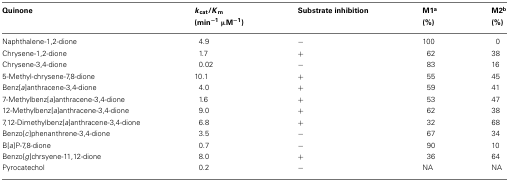
<table><thead><tr><td><b>Quinone</b></td><td><b><i>k</i><sub>cat</sub>/<i>K</i><sub>m</sub></b></td><td><b>Substrate inhibition</b></td><td><b>M1<sup>a</sup></b></td><td><b>M2<sup>b</sup></b></td></tr><tr><td></td><td><b>(min<sup>−1</sup> μM<sup>−1</sup>)</b></td><td></td><td><b>(%)</b></td><td><b>(%)</b></td></tr></thead><tbody><tr><td>Naphthalene-1,2-dione</td><td>4.9</td><td>−</td><td>100</td><td>0</td></tr><tr><td>Chrysene-1,2-dione</td><td>1.7</td><td>+</td><td>62</td><td>38</td></tr><tr><td>Chrysene-3,4-dione</td><td>0.02</td><td>−</td><td>83</td><td>16</td></tr><tr><td>5-Methyl-chrysene-7,8-dione</td><td>10.1</td><td>+</td><td>55</td><td>45</td></tr><tr><td>Benz[<i>a</i>]anthracene-3,4-dione</td><td>4.0</td><td>+</td><td>59</td><td>41</td></tr><tr><td>7-Methylbenz[<i>a</i>]anthracene-3,4-dione</td><td>1.6</td><td>+</td><td>53</td><td>47</td></tr><tr><td>12-Methylbenz[<i>a</i>]anthracene-3,4-dione</td><td>9.0</td><td>+</td><td>62</td><td>38</td></tr><tr><td>7,12-Dimethylbenz[<i>a</i>]anthracene-3,4-dione</td><td>6.8</td><td>+</td><td>32</td><td>68</td></tr><tr><td>Benzo[<i>c</i>]phenanthrene-3,4-dione</td><td>3.5</td><td>−</td><td>67</td><td>34</td></tr><tr><td>B[<i>a</i>]P-7,8-dione</td><td>0.7</td><td>−</td><td>90</td><td>10</td></tr><tr><td>Benzo[<i>g</i>]chrsyene-11,12-dione</td><td>8.0</td><td>+</td><td>36</td><td>64</td></tr><tr><td>Pyrocatechol</td><td>0.2</td><td>−</td><td>NA</td><td>NA</td></tr></tbody></table>